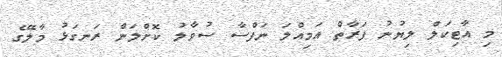
މި އާޓިކަލް ލިޔުނު ފަރާތް އަމިއްލަ ނަފްސާ ސުވާލު ކޮށްލަން ރަނގަޅު މާލޭގެ